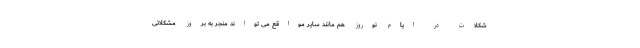
شکلات در ایام نوروز هم مانند سایر مواقع می تواند منجر به بروز مشکلاتی